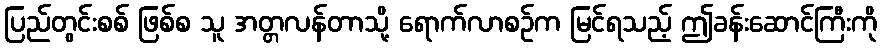
ပြည်တွင်းစစ် ဖြစ်စ သူ အတ္တလန်တာသို့ ရောက်လာစဉ်က မြင်ရသည့် ဤခန်းဆောင်ကြီးကို